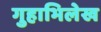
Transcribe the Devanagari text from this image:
गुहाभिलेख